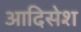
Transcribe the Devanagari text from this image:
आदिसेश